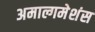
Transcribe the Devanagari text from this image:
अमाल्गमेशंस